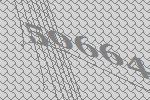
50664